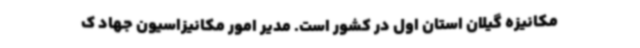
مکانیزه گیلان استان اول در کشور است. مدیر امور مکانیزاسیون جهاد ک